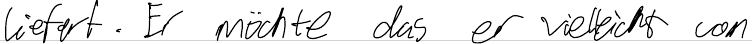
liefert. Er möchte das er vielleicht von